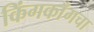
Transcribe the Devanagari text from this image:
किंगकाँगचा